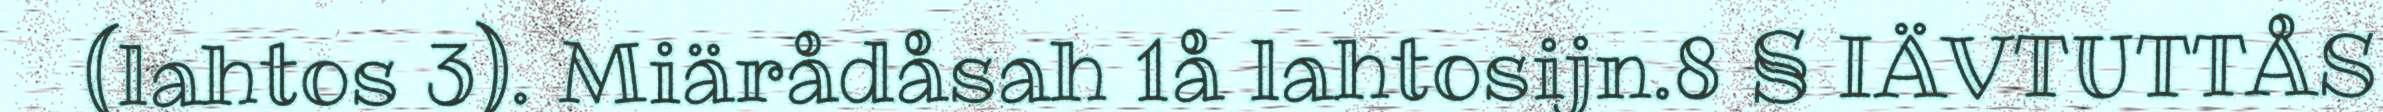
(lahtos 3). Miärådåsah 1å lahtosijn.8 § IÄVTUTTÅS